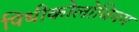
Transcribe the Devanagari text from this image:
पिथीकोलोबियम